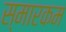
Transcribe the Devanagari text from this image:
स्मारकम